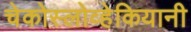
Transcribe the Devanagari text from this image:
चेकोस्लोव्हेकियानी